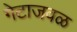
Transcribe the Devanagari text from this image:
गेटाजवळ